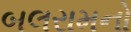
બલરામનો